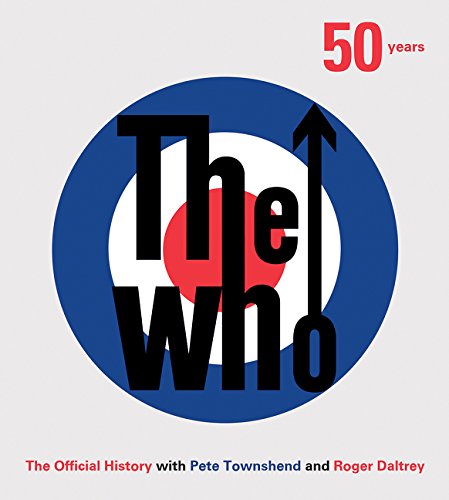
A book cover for The Who: 50 Years: The Official History; Ben Marshall; Arts & Photography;